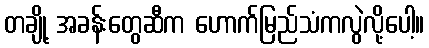
တချို့ အခန်းတွေဆီက ဟောက်မြည်သံကလွဲလို့ပေါ့။